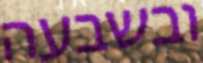
ובשבעה